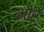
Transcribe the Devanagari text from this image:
भौरें